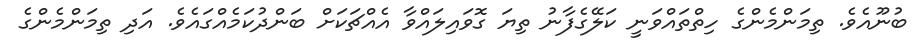
ބުނޫއެވެ. ތިމަންމެންގެ ހިތްތައްވަނީ ކަލޭގެފާނު ތިޔަ ގޮވައިލައްވާ އެއްޗަކަށް ބަންދުކަމެއްގައެވެ. އަދި ތިމަންމެންގެ